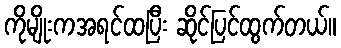
ကိုမျိုးကအရင်ထပြီး ဆိုင်ပြင်ထွက်တယ်။